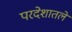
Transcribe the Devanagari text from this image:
परदेशातले